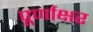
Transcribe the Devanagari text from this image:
पूर्णाक्षर